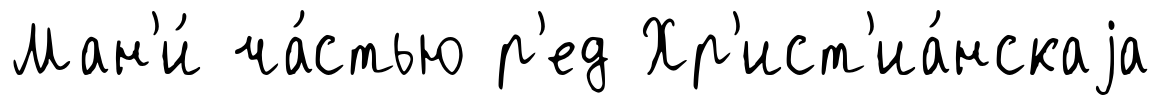
Ман'и́ ча́стью р'ед Хр'ист'иа́нскаjа